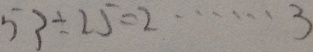
5 3 \div 2 5 = 2 \cdots 3